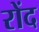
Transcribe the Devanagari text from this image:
रोंद